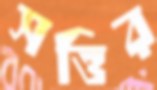
সত্তির